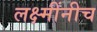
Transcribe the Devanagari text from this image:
लक्ष्मींनीच